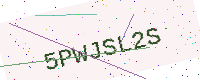
Text: 5PWJSL2S